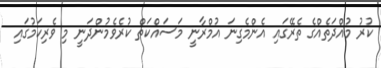
ކުރު މުއްދަތެއްގެ ތެރޭގައި އެންމެގިނަ އުމްރާނީ މަސައްކަތް ކުރެވެމުންދަނީ މި ވެރިކަމުގައި